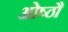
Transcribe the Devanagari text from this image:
ओष्ठौ